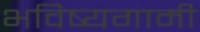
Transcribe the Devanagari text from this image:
भविष्यगामी